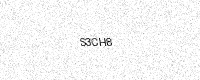
Text: S3CH8